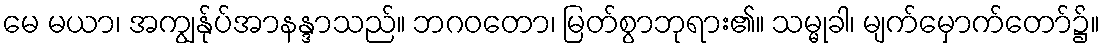
မေ မယာ၊ အကျွန်ုပ်အာနန္ဒာသည်။ ဘဂဝတော၊ မြတ်စွာဘုရား၏။ သမ္မုခါ၊ မျက်မှောက်တော်၌။